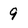
Character: 9